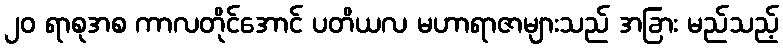
၂၀ ရာစုအစ ကာလတိုင်အောင် ပတိယလ မဟာရာဇာများသည် အခြား မည်သည့်